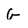
Character: G